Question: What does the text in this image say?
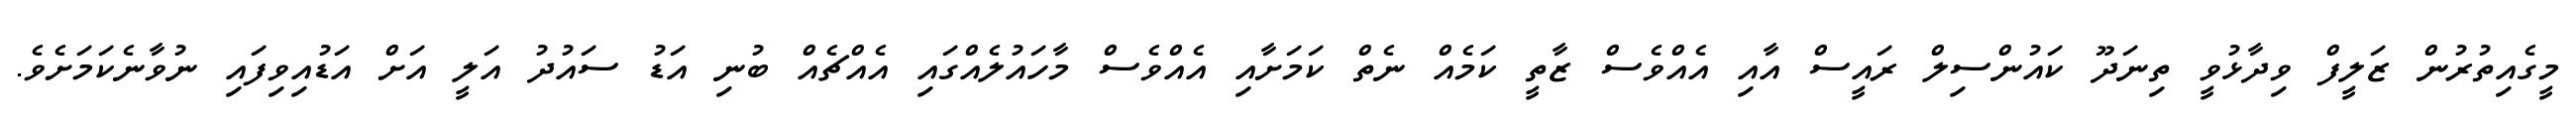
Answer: މީގެއިތުރުން ޒަލީފް ވިދާޅުވީ ތިނަދޫ ކައުންސިލް ރައީސް އާއި އެއްވެސް ޒާތީ ކަމެއް ނެތް ކަމަށާއި އެއްވެސް މާހައުލެއްގައި އެއްޗެއް ބުނި އަޑު ސައުދު އަލީ އަށް އަޑުއިވިފައި ނުވާނެކަމަށެވެ.